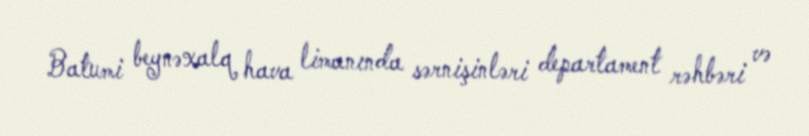
Batumi beynəxalq hava limanında sərnişinləri departament rəhbəri və